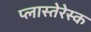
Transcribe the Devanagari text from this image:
प्लास्तेरेस्क